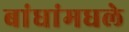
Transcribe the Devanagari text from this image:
बांधांमधले